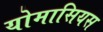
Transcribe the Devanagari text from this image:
योमासियस